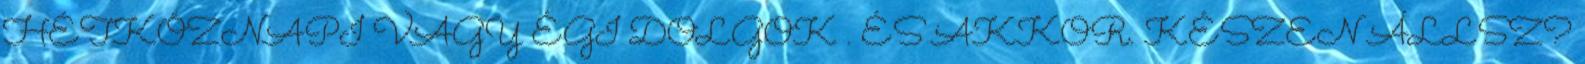
HÉTKÖZNAPI VAGY ÉGI DOLGOK . ÉS AKKOR. KÉSZEN ÁLLSZ?